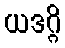
ယဒဂ္ဂိ